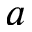
a